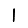
Digit: 1